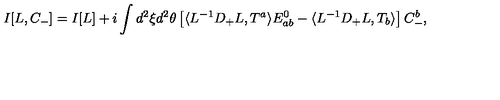
I [ L , C _ { - } ] = I [ L ] + i \int d ^ { 2 } \xi d ^ { 2 } \theta \left[ \langle L ^ { - 1 } D _ { + } L , T ^ { a } \rangle E _ { a b } ^ { 0 } - \langle L ^ { - 1 } D _ { + } L , T _ { b } \rangle \right] C _ { - } ^ { b } ,